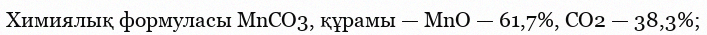
Химиялық формуласы МnСO3, құрамы — MnO — 61,7%, CO2 — 38,3%;